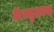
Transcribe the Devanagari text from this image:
कॅज्युअल्स्